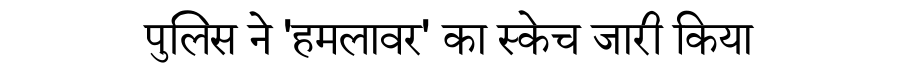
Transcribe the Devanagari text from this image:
पुलिस ने 'हमलावर' का स्केच जारी किया